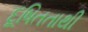
દૂષિતતાથી